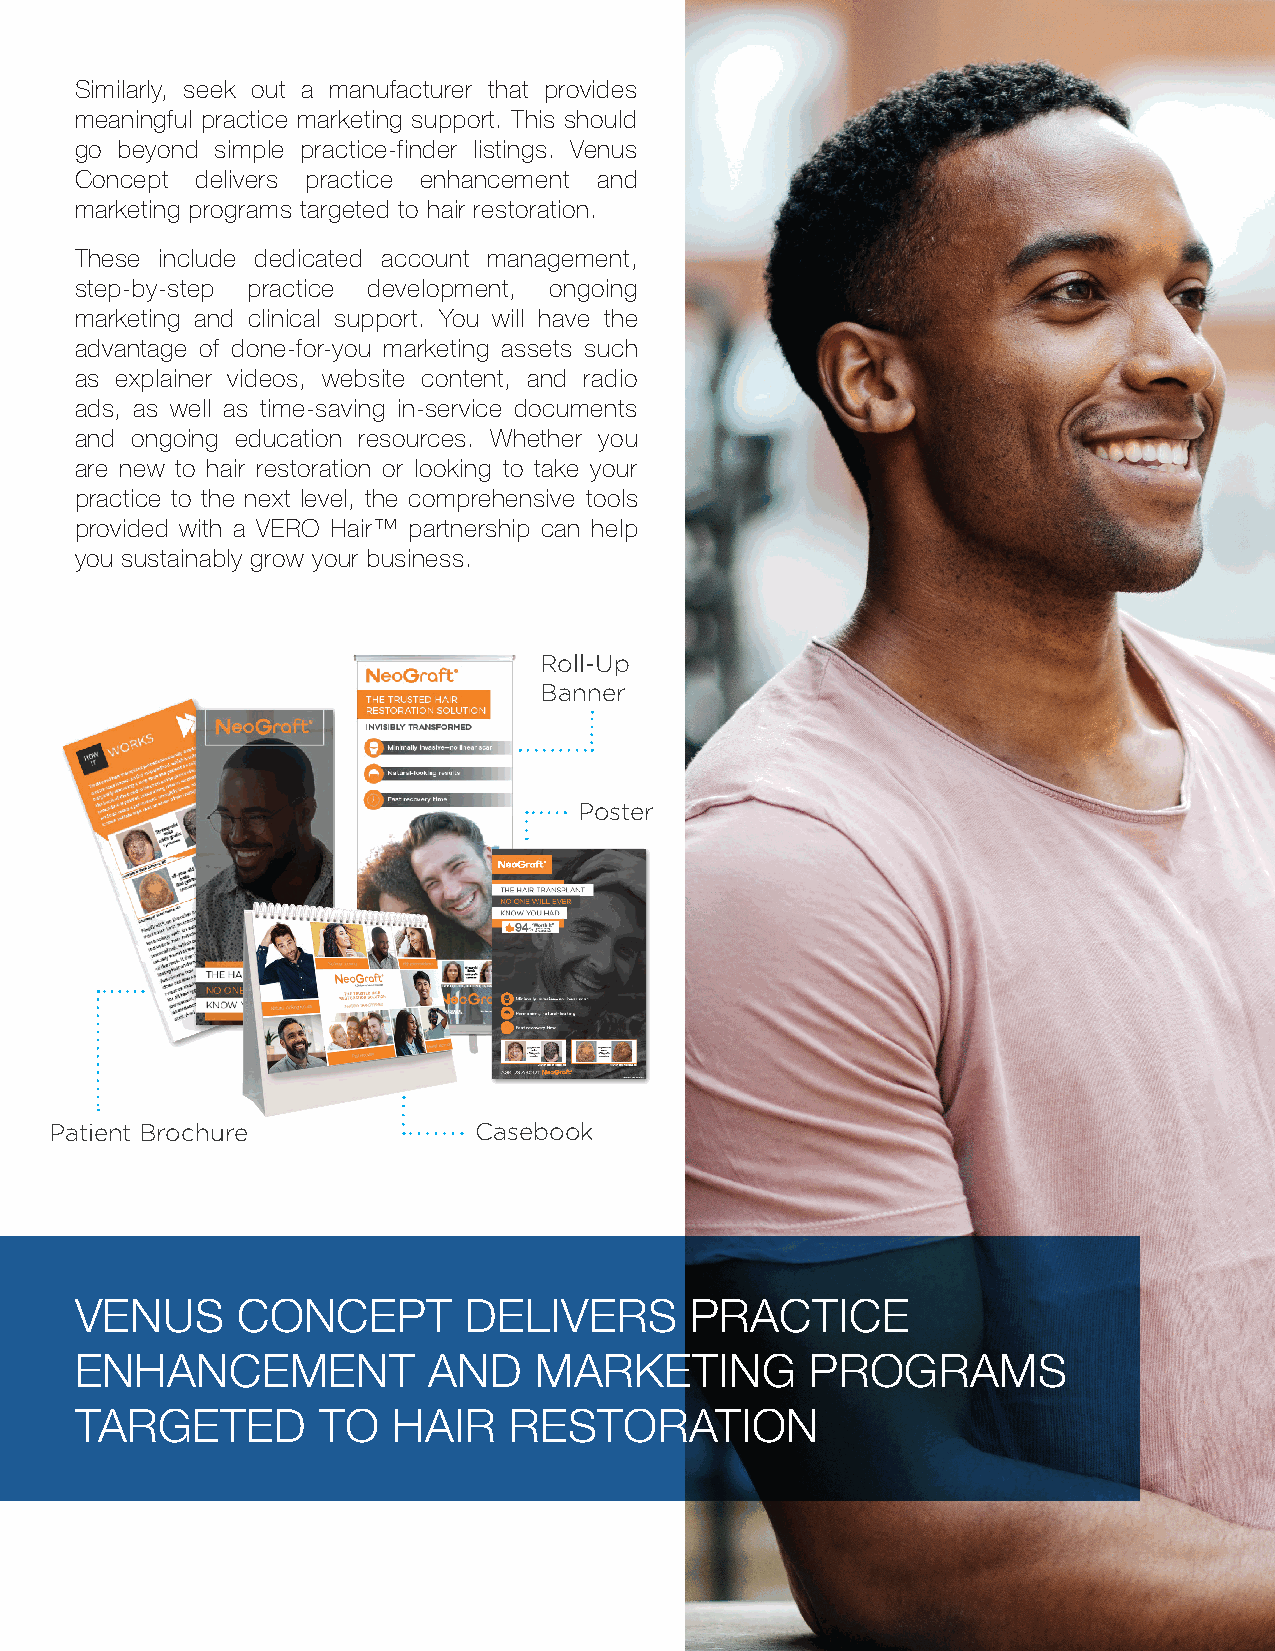
Similarly, seek out a manufacturer that provides
 meaningful practice marketing support. This should
 go beyond simple practice-finder listings. Venus
 Concept delivers practice enhancement and
 marketing programs targeted to hair restoration.
 These include dedicated account management,
 step-by-step practice development, ongoing
 marketing and clinical support. You will have the
 advantage of done-for-you marketing assets such
 as explainer videos, website content, and radio
 ads, as well as time-saving in-service documents
 and ongoing education resources. Whether you
 are new to hair restoration or looking to take your
 practice to the next level, the comprehensive tools
 provided with a VERO Hair™ partnership can help
 you sustainably grow your business.
 Roll-Up
 Banner
 Poster
 Patient Brochure            Casebook
 VENUS      CONCEPT        DELIVERS       PRACTICE
 ENHANCEMENT            AND    MARKETING          PROGRAMS
 TARGETED        TO   HAIR    RESTORATION